Bulletin of the Pasteur Institute of Southern India, Coonoor - No. 1.
Year: 1908
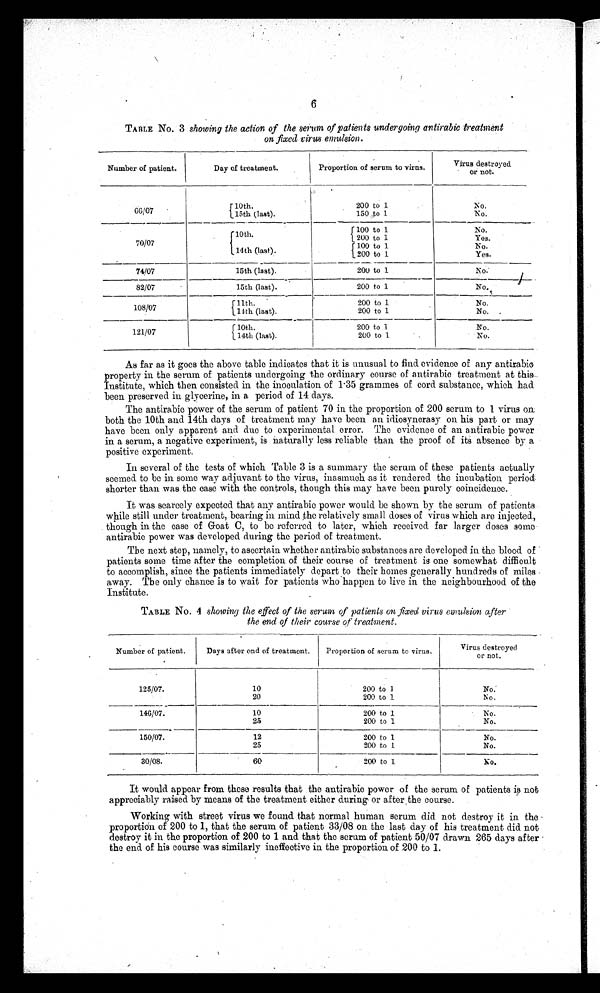
6
TABLE No. 3 showing the action of the serum of patients undergoing antirabic treatment
on fixed virus emulsion.
Number of patient.
Day of treatment.
Proportion of serum to virus.
Virus destroyed
or not.
66/07
10th.
1 5 t h
( l a s t ) .
200 to 1
150 to 1
No.
No.
70/07
74/07
10th.
14th (last).
100 to 1
200 to 1
1 0 0 t o 1
2 0 0 t o 1
No.
Yes.
No.
Yes.
_
15th (last).
2 0 0 t o 1
No:
82/07
15th (last).
200 to 1
No.
108/07
1 1 t h
1 1 t h ( l a s t ) .
2 0 0 t o 1
200 to 1
No.
No.
121/07
10th.
14th (last).
200 to 1
200 to 1
No.
No.
As far as it goes the above table indicates that it is unusual to find evidence of any antirabic
property in the serum of patients undergoing the ordinary course of antirabic treatment at
this Institute, which then consisted in the inoculation of 1 .35 grammes of cord substance, which had
been preserved in glycerine, in a period of 14 days.
The antirabic power of the serum of patient 70 in the proportion of 200 serum to 1 virus on
both the 10th and 14th days of treatment may have been an idiosyncrasy on his part or may
have been only apparent and due to experimental error. The evidence of an antirabic power
in a serum, a negative experiment, is naturally less reliable than the proof of its absence by a
positive experiment.
In several of the tests of which Table 3 is a summary the serum of these patients actually
seemed to be in some way adjuvant to the virus, inasmuch as it rendered the incubation period
shorter than was the ease with the controls, though this may have been purely coincidence.
It was scarcely expected that any antirabie power would be shown by the serum of patients
while still under treatment, bearing in mind the relatively small doses of virus which are injected,
though in the case of Goat C, to be referred to later, which received far larger doses some
antirabic power was developed during the period of treatment.
The next step, namely, to ascertain whether antirabic substances are developed. in the blood. of
patients some time after the completion of their course of treatment is one somewhat difficult
to accomplish, since the patients immediately depart to their homes generally hundreds of miles
away. The only chance is to wait for patients who happen to live in the neighbourhood of the
institute.
TABLE No. 4 showing the effect of the serum of patients on fixed virus emulsion
after
the end of their course of treatment.
Number of patient.
Days after end of treatment.
Proportion of serum to virus.
_
Virus destroyed
or not.
125/07.
10
200 to 1
No:
20
200 to 1
ho.
140/07.
10
200 to 1
No.
25
200 to 1
No.
150/07.
12
200 to I
No.
25
200 to 1
No.
30/08.
60
200 to 1
No.
It would appear from these results that the antirabie power of the serum of patients is not
appreciably raised by means of the treatment either during , or after the course.
Working with street virus we found that normal human serum did not destroy it in the
proportion of 200 to 1, that the serum of patient 33/08 on the last day of his treatment did not
destroy it in the proportion of 200 to 1 and that the serum of patient 50/07 drawn 265 days after
the end of his course was similarly ineffective in the proportion of 200 to 1.